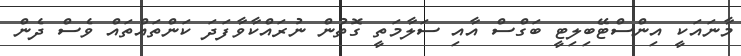
މާނައަކީ އިންސްޓޭބިލިޓީ ބަގްސް އާއި ސަލާމަތީ ގޮތުން ނުރައްކާވާފަދަ ކަންތައްތައް ވެސް ދެން